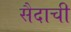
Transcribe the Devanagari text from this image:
सैदाची